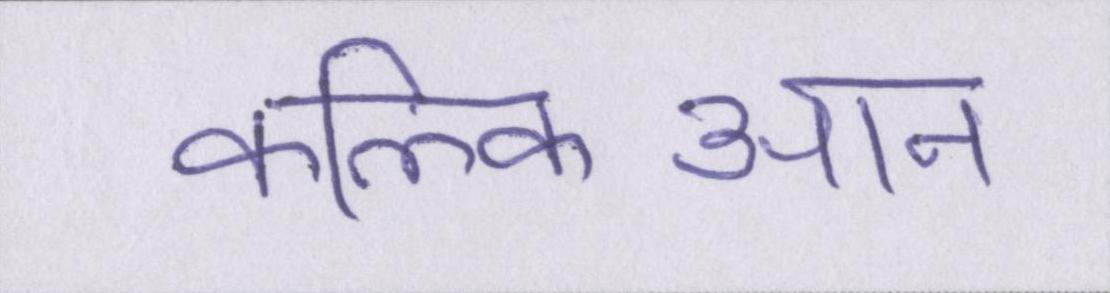
कल्किआन